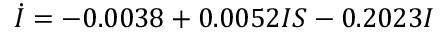
\dot { I } = - 0 . 0 0 3 8 + 0 . 0 0 5 2 I S - 0 . 2 0 2 3 I